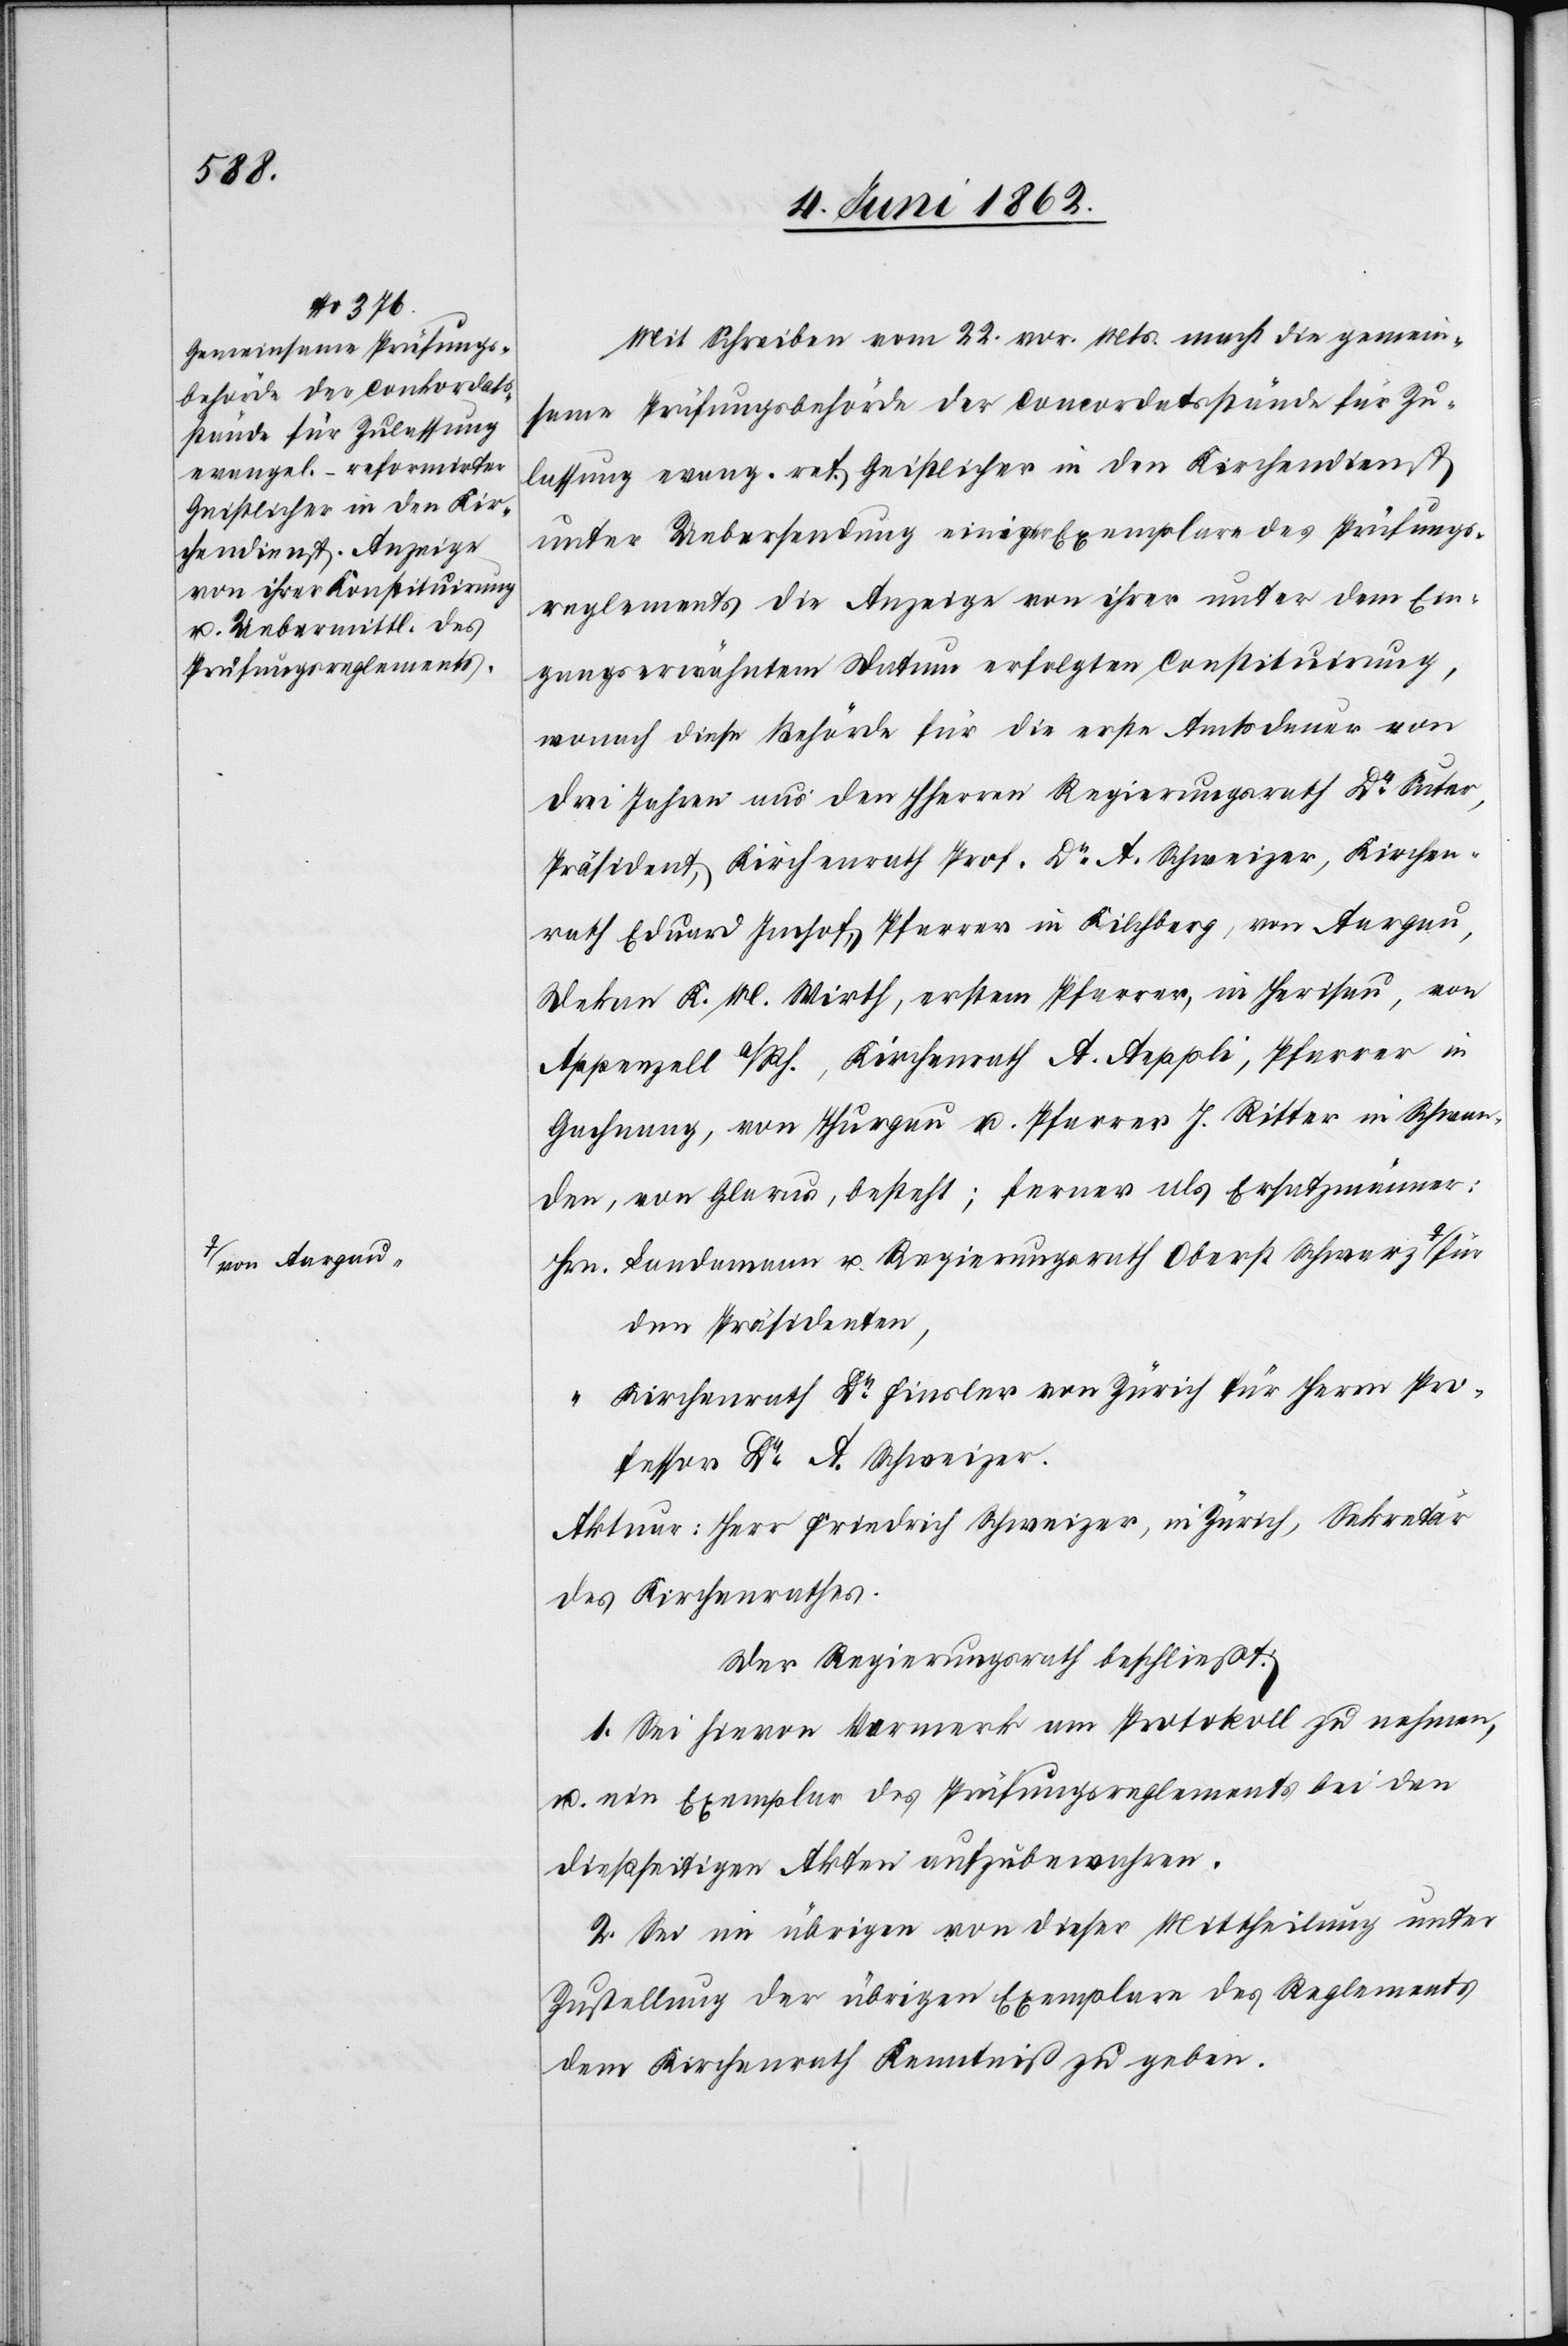
a-von Aargau-a

Mit Schreiben vom 22. vor. Mts. macht die gemein¬
same Prüfungsbehörde der Concordatsstände für Zu¬
lassung evang. ref. Geistlicher in den Kirchendienst
unter Uebersendung einiger Exemplare des Prüfungs¬
reglements die Anzeige von ihrer unter dem Ein¬
gangserwähntem Datum erfolgten Constituirung,
wonach diese Behörde für die erste Amtsdauer von
drei Jahren aus den HHerren Regierungsrath Dr. Suter,
Präsident, Kirchenrath Prof. Dr. A. Schweizer, Kirchen¬
rath Eduard Imhof, Pfarrer in Kilchberg, von Aargau,
Dekan K. M. Wirth, erstem Pfarrer, in Herisau, von
Appenzell A/Rh., Kirchenrath A. Aeppli, Pfarrer in
Gachnang, von Thurgau u. Pfarrer J. Ritter in Schwan¬
den, von Glarus, besteht; ferner als Ersatzmänner:
Hrn.
Landammann u. Regierungsrath Oberst Schwarz
den Präsidenten,
Kirchenrath Dr. Finsler von Zürich für Herrn Pro¬
fessor Dr. A. Schweizer.
Aktuar: Herr Friedrich Schweizer, in Zürich, Sekretär
des Kirchenrathes.
Der Regierungsrath beschließt:
1. Sei hievon Vermerk am Protokoll zu nehmen,
u. ein Exemplar des Prüfungsreglements bei den
dießseitigen Akten aufzubewahren.
2. Sei im übrigen von dieser Mittheilung unter
Zustellung der übrigen Exemplare des Reglements
dem Kirchenrath Kenntniß zu geben.